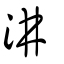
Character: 汫